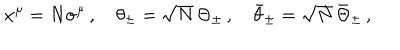
LaTeX: x ^ { \mu } = N \sigma ^ { \mu } \, , \quad \theta _ { \pm } = \sqrt { N } \, \Theta _ { \pm } \, , \quad \bar { \theta } _ { \pm } = \sqrt { N } \, \bar { \Theta } _ { \pm } \, ,